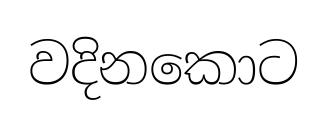
වදිනකොට